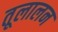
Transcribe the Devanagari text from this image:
तूलालन